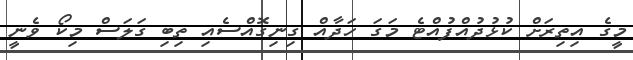
މީގެ އިތިރަށް ކުޅުދުއްފުއްޓެ މަގަ ހަދާއް ގިނިގޮއްސެއި ތިބި ގަލަސް މިކޯ ވެނީ